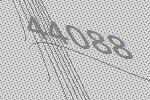
44088